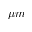
\mu m